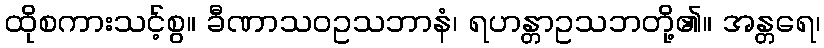
ထိုစကားသင့်စွ။ ခီဏာသဝဥသဘာနံ၊ ရဟန္တာဥသဘတို့၏။ အန္တရေ၊